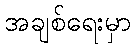
အချစ်ရေးမှာ